Lunatic asylums Bombay report 1891-1903 - 1891-1903
Year: 1891
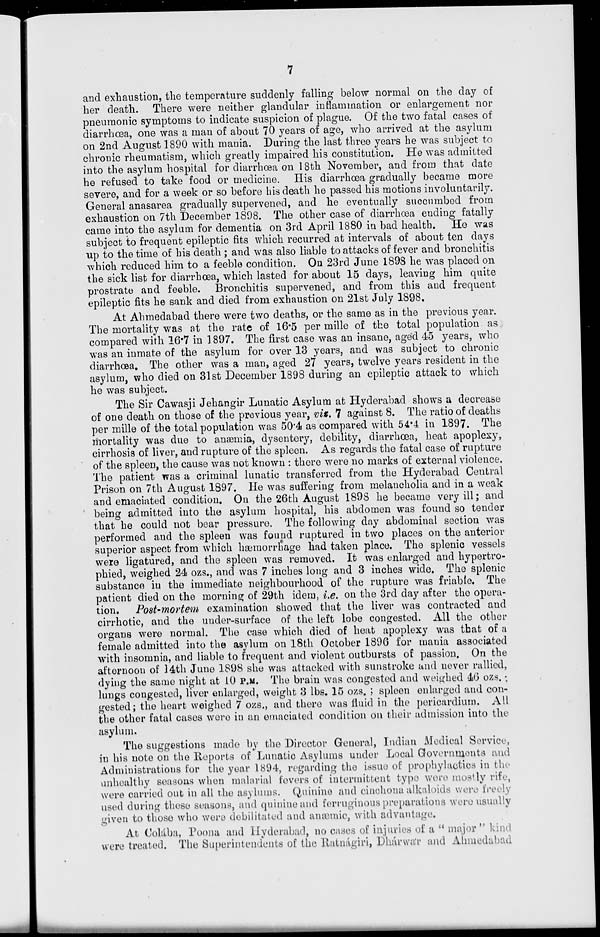
7
and exhaustion, the temperature suddenly falling below normal on the day of
her death. There were neither glandular inflammation or enlargement nor
pneumonic symptoms to indicate suspicion of plague. Of the two fatal cases of
diarrhœa, one was a man of about 70 years of age, who arrived at the asylum
on 2nd August 1890 with mania. During the last three years he was subject to
chronic rheumatism, which greatly impaired his constitution. He was admitted
into the asylum hospital for diarrhœa on 18th November, and from that date
he refused to take food or medicine. His diarrhœa gradually became more
severe, and for a week or so before his death he passed his motions involuntarily.
General anasarea gradually supervened, and he eventually succumbed from
exhaustion on 7th December 1898. The other case of diarrhœa ending fatally
came into the asylum for dementia on 3rd April 1880 in bad health.
He was
subject to frequent epileptic fits which recurred at intervals of about ten days
up to the time of his death ; and was also liable to attacks of fever and bronchitis
which reduced him to a feeble condition. On 23rd June 1898 he was placed on
the sick list for diarrhœa, which lasted for about 15 days, leaving him quite
prostrate and feeble. Bronchitis supervened, and from this and frequent
epileptic fits he sank and died from exhaustion on 21st July 1898.
At Ahmedabad there were two deaths, or the same as in the previous year.
The mortality was at the rate of 16.5 per mille of the total population as
compared with 16.7 in 1897. The first case was an insane, aged 45 years, who
was an inmate of the asylum for over 13 years, and was subject to chronic
diarrhœa. The other was a man, aged 27 years, twelve years resident in the
asylum, who died on 31st December 1898 during an epileptic attack to which
he was subject.
The Sir Cawasji Jehangir Lunatic Asylum at Hyderabad shows a decrease
of one death on those of the previous year, viz. 7 against 8. The ratio of deaths
per mille of the total population was 50.4 as compared with 54.4 in 1897. The
mortality was due to anæmia, dysentery, debility, diarrhœa, heat apoplexy,
cirrhosis of liver, and rupture of the spleen. As regards the fatal case of rupture
of the spleen, the cause was not known : there were no marks of external violence.
The patient was a criminal lunatic transferred from the Hyderabad Central
Prison on 7th August 1897. He was suffering from melancholia and in a weak
and emaciated condition. On the 26th August 1898 he became very ill; and
being admitted into the asylum hospital, his abdomen was found so tender
that he could not bear pressure. The following day abdominal section was
performed and the spleen was found ruptured in two places on the anterior
superior aspect from which hæmorrhage had taken place. The splenic vessels
were ligatured, and the spleen was removed. It was enlarged and hypertro-
phied, weighed 24 ozs., and was 7 inches long and 3 inches wide. The splenic
substance in the immediate neighbourhood of the rupture was friable. The
patient died on the morning of 29th idem, i.e. on the 3rd day after the opera-
tion.
Post-mortem examination showed that the liver was contracted and
cirrhotic, and the under-surface of the left lobe congested. All the other
organs were normal. The case which died of heat apoplexy was that of a
female admitted into the asylum on 18th October 1896 for mania associated
with insomnia, and liable to frequent and violent outbursts of passion. On the
afternoon of 14th June 1898 she was attacked with sunstroke and never rallied,
dying the same night at 10 P.M. The brain was congested and weighed 46 OZS.;
lungs congested, liver enlarged, weight 3 lbs. 15 OZS.; spleen enlarged and con-
gested; the heart weighed 7 ozs., and there was fluid in the pericardium. All
the other fatal cases were in an emaciated condition on their admission into the
asylum.
The suggestions made by the Director General, Indian Medical Service,
in his note on the Reports of Lunatic Asylums under Local Governments and
Administrations for the year 1894, regarding the issue of prophylactics in the
unhealthy seasons when malarial fevers of intermittent type were mostly rife,
were carried out in all the asylums. Quinine and cinchona alkaloids were freely
used during these seasons, and quinine and ferruginous preparations were usually
given to those who were debilitated and anæmic, with advantage.
At Colába, Poona and Hyderabad, no cases of injuries of a "major" kind
were treated. The Superintendents of the Ratnágiri, Dhárwár and Ahmedabad